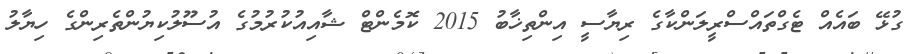
ގުޅޭ ބައެއް ޓެގްތައްސްރީލަންކާގެ ރިޔާސީ އިންތިޚާބު 2015 ކޮމެންޓް ޝާއިއުކުރުމުގެ އުސޫލުކިޔުންތެރިންގެ ހިޔާލު